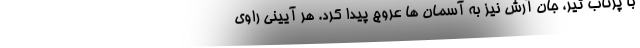
با پرتاب تیر، جان آرش نیز به آسمان ها عروج پیدا کرد. هر آیینی راوی